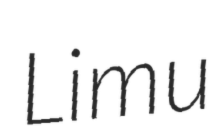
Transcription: Limu